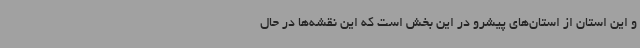
و این استان از استان‌های پیشرو در این بخش است که این نقشه‌ها در حال